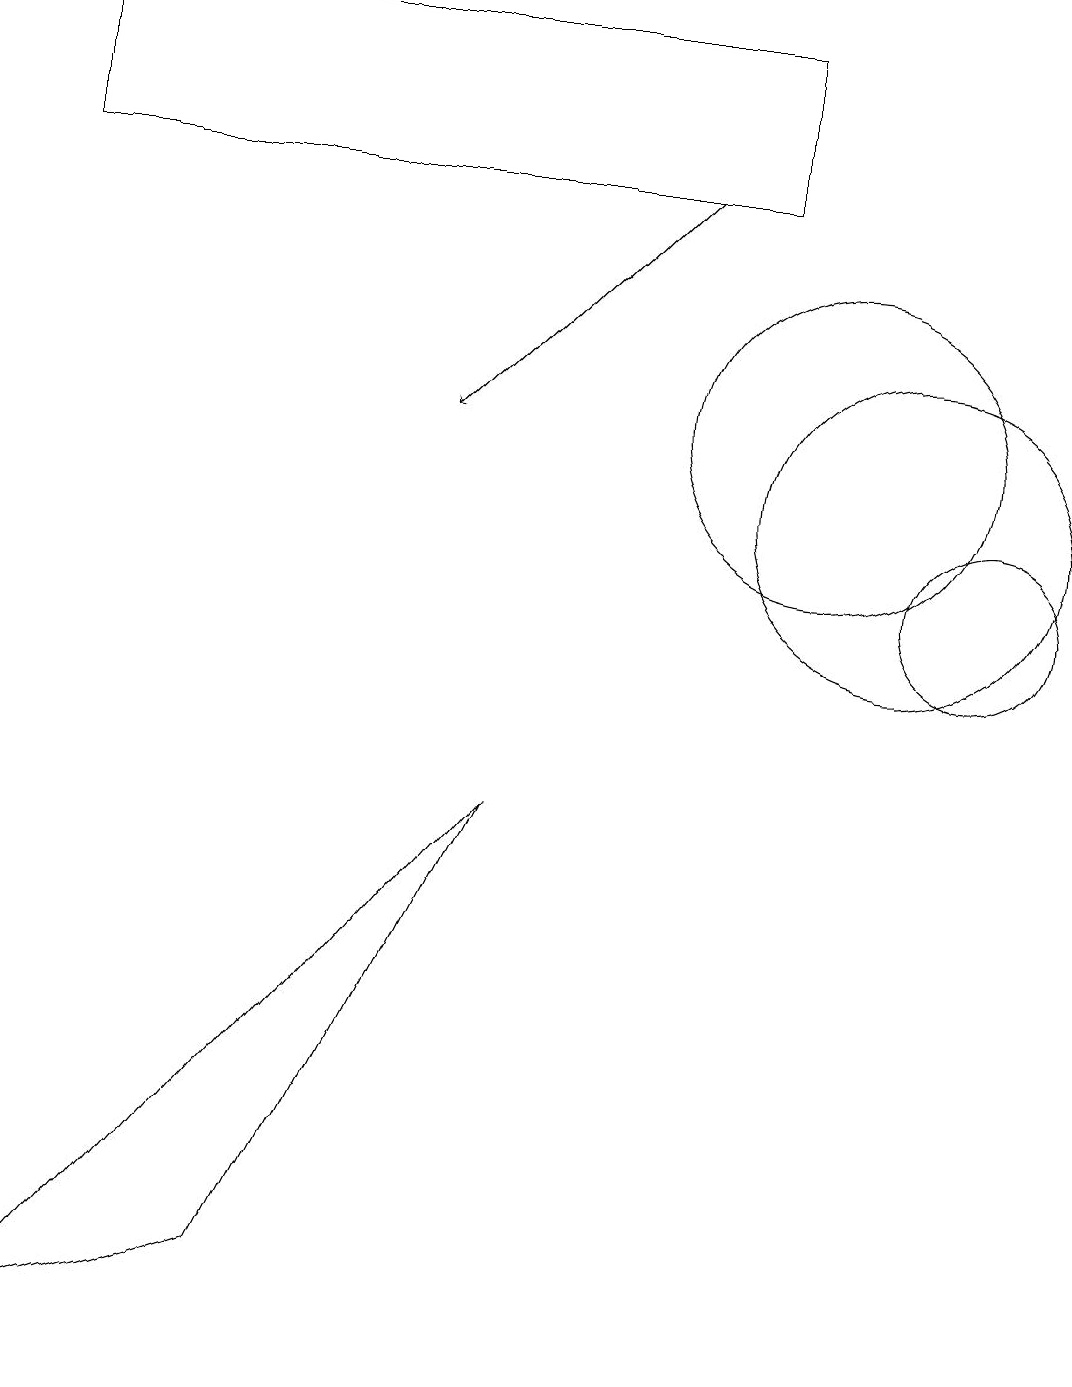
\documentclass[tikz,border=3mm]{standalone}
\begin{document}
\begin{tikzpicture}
\draw (12,10) circle (1);
\draw (0,17) rectangle (9,15);
\draw (0,0) -- (3,1) -- (6,7) -- cycle;
\draw[->] (8,15) -- (5,12);
\draw (11,11) circle (2);
\draw (10,12) circle (2);
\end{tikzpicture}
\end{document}